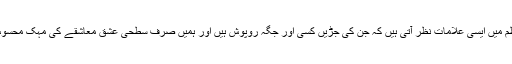
صالح ؔ کی نظم میں ایسی علامات نظر آتی ہیں کہ جن کی جڑیں کسی اور جگہ روپوش ہیں اور ہمیں صرف سطحی عشق معاشقے کی مہک محسوس ہوتی ہے ۔